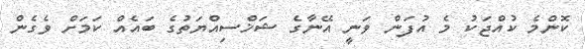
ކޮންމެ ކުއްޖަކު މެ އުފަން ވަނީ އޭނާގެ ޝަޚްސިއްޔަތުގެ ބައެއް ކަމަށް ވެގެން